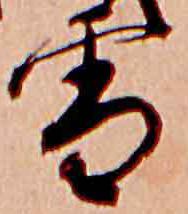
雪